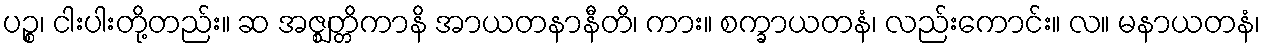
ပဉ္စ၊ ငါးပါးတို့တည်း။ ဆ အဇ္ဈတ္တိကာနိ အာယတနာနီတိ၊ ကား။ စက္ခာယတနံ၊ လည်းကောင်း။ လ။ မနာယတနံ၊